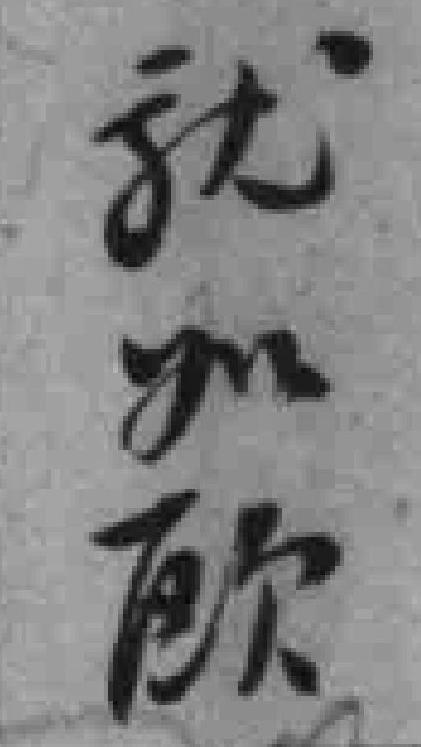
就如歐